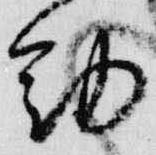
勤